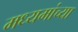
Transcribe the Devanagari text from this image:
मध्यमांच्या